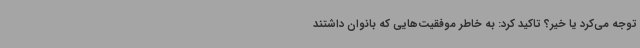
توجه می‌کرد یا خیر؟ تاکید کرد: به خاطر موفقیت‌هایی که بانوان داشتند